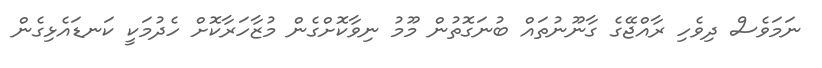
ނަމަވެސް ދިވެހި ރާއްޖޭގެ ގާނޫނުތައް ބުނަގޮތުން މޫމު ނިވާކޮށްގެން މުޒާހަރާކޮށް ހެދުމަކީ ކަނޑައެޅިގެން